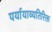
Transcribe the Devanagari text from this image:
पर्यायाव्यतिरिक्त